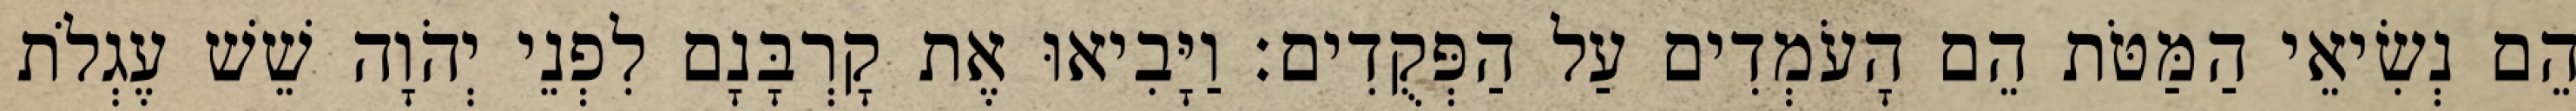
הֵם נְשִׂיאֵי הַמַּטֹּת הֵם הָעֹמְדִים עַל הַפְּקֻדִים׃ וַיָּבִיאוּ אֶת קָרְבָּנָם לִפְנֵי יְהֹוָה שֵׁשׁ עֶגְלֹת